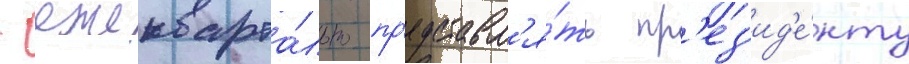
- ежекварта́льно пр'едставл'я́ть пр'ез'ид'е́нту